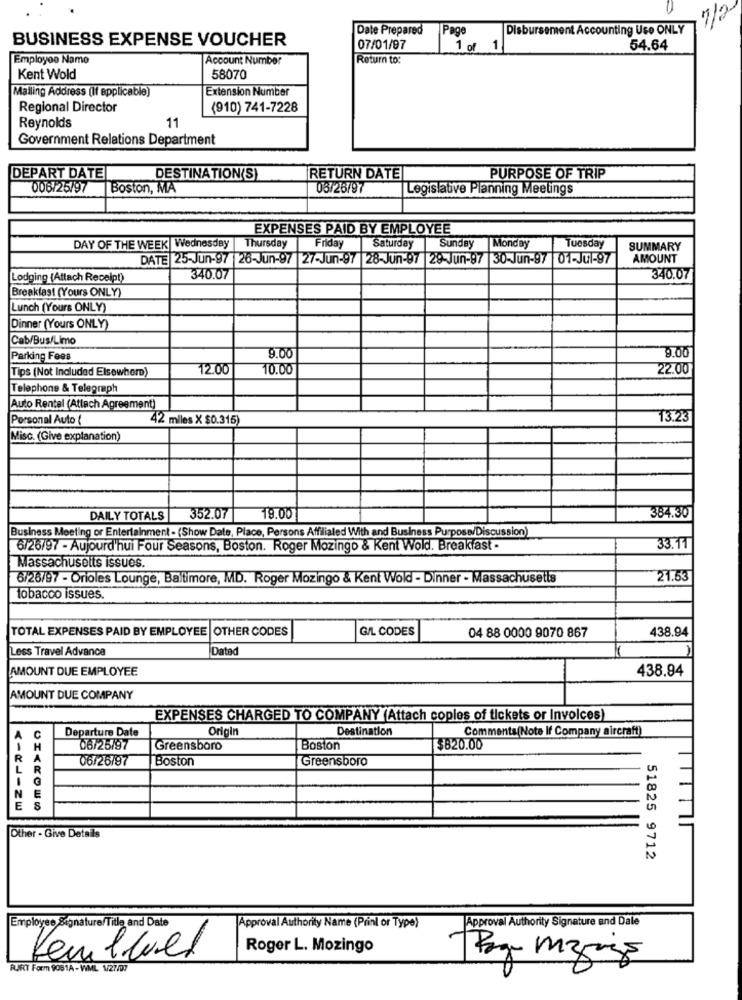
7/2
Date Prepared
Page
Disbursement Accounting Use ONLY
BUSINESS EXPENSE VOUCHER
07/01/97
1 of 1
54.64
Employoo Name
Account Number
Return to:
Kent Wold
58070
Mailing Address (If applicable)
Extension Number
Regional Director
(910) 741-7228
11
Reynolds
Government Relations Department
DEPART DATE
DESTINATION(S)
RETURN DATE
PURPOSE OF TRIP
006125/97
Boston, MA
06/26/97
Legislative Planning Meetings
EXPENSES PAID BY EMPLOYEE
Friday
Saturday
DAY OF THE WEEK Wednesday
Thursday
Sunday
Monday
Tuesday
SUMMARY
DATE 25-Jun-97 |26-Jun-97 27-Jun-97 28-Jun-97 28-Jun-97 30-Jun-97 |01-Jul-97
AMOUNT
Lodging (Attach Receipt)
340.07
340.07
Breakfast (Yours ONLY)
Lunch (Yours ONLY)
Dinner (Yours ONLY)
Cab/Bus/Limo
9.00
Parking Fees
9.00
12.00
10.00
22.00
Tips (Not Included Elsewhere)
Telephone & Telegraph
Auto Rental (Attach Agreement)
Porsonal Auto (
42 miles X $0.315)
13.23
Misc. (Give explanation)
DAILY TOTALS
352.07
19.00
384.30
Business Meeting or Entertainment- (Show Date, Place, Persons Affilialed With and Business Purpose/Discussion)
6/26/97 - Aujourd'hui Four Seasons, Boston. Roger Mozingo & Kent Wold. Breakfast -
33.11
Massachusetts issues.
6/26/97 - Orioles Lounge, Baltimore, MD. Roger Mozingo & Kent Wold - Dinner - Massachusetts
21.53
tobacco issues.
TOTAL EXPENSES PAID BY EMPLOYEE | OTHER CODES
G/L CODES
04 88 0000 9070 867
438.94
Less Travel Advance
Datad
AMOUNT DUE EMPLOYEE
438.94
AMOUNT DUE COMPANY
EXPENSES CHARGED TO COMPANY (Attach copies of tickets or Invoices)
Departure Date
Origin
Destination
Comments(Note If Company aircraft)
06/25/97
Greensboro
Boston
$820.00
06/26/97
Boston
Greensboro
Other - Give Details
51825 9712
Approval Authority Signature and Dale
Employee Signature/Title and Date
Approval Authority Name (Prinl or Type)
Roger L. Mozingo
Kembwel
RJRT Form 9081A - WML N/27/09